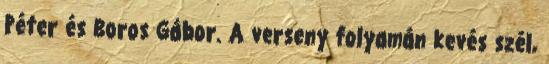
Péter és Boros Gábor. A verseny folyamán kevés szél,